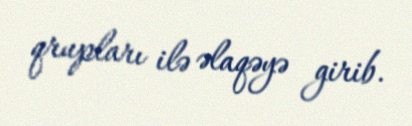
qrupları ilə əlaqəyə girib.